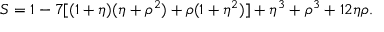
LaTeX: S = 1 - 7 [ ( 1 + \eta ) ( \eta + \rho ^ { 2 } ) + \rho ( 1 + \eta ^ { 2 } ) ] + \eta ^ { 3 } + \rho ^ { 3 } + 1 2 \eta \rho .